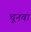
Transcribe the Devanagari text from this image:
चूनवा